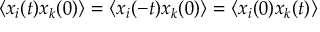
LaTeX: \langle x _ { i } ( t ) x _ { k } ( 0 ) \rangle = \langle x _ { i } ( - t ) x _ { k } ( 0 ) \rangle = \langle x _ { i } ( 0 ) x _ { k } ( t ) \rangle